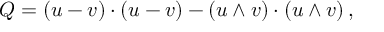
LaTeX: Q = ( u - v ) \cdot ( u - v ) - ( u \wedge v ) \cdot ( u \wedge v ) \, ,